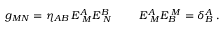
g _ { M N } = \eta _ { A B } \, E _ { \, \, M } ^ { A } E _ { \, \, N } ^ { B } \, \, \qquad E _ { \, \, M } ^ { A } E _ { B } ^ { \, \, M } = \delta _ { B } ^ { A } \; .